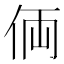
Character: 𠈓